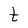
Character: t